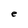
Character: e